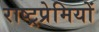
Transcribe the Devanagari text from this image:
राष्ट्रप्रेमियों